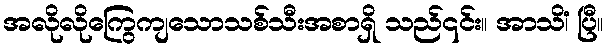
အလိုလိုကြွေကျသောသစ်သီးအစာရှိ သည်၎င်း။ အာသိံ၊ ပြီ။